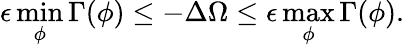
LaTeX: \epsilon\operatorname*{min}_{\phi}\Gamma(\phi)\leq-\Delta\Omega\leq\epsilon\operatorname*{max}_{\phi}\Gamma(\phi).